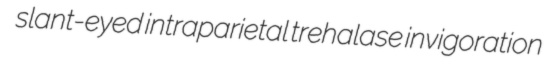
slant-eyed intraparietal trehalase invigoration